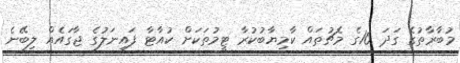
މުބާރާތުގެ ގަދަ 16ގެ މެޗުތައް ކާމިޔާބުކުރާ ޓީމުތަކަށް ކުއާޓާ ފައިނަލުގެ ޖާގައެއް ލިބޭނެ